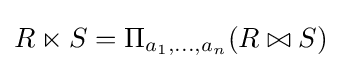
R\ltimes S=\Pi _{a_{1},\ldots ,a_{n}}(R\bowtie S)